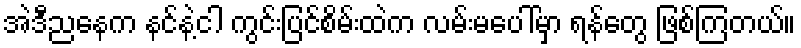
အဲဒီညနေက နင်နဲ့ငါ ကွင်းပြင်စိမ်းထဲက လမ်းမပေါ်မှာ ရန်တွေ ဖြစ်ကြတယ်။